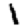
Digit: 1